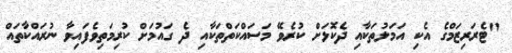
"ޓެރަރިޒަމްގެ އެކި އަމަލުތަކާއި ދެކޮޅަށް ކުރެވޭ މަސައްކަތްތަކާއި ދެ ގައުމަށް ކުރިމަތިވެފައިވާ ނުރައްކާތައް